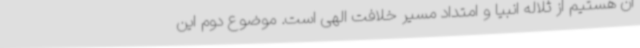
آن هستیم از ثلاله انبیا و امتداد مسیر خلافت الهی است. موضوع دوم این